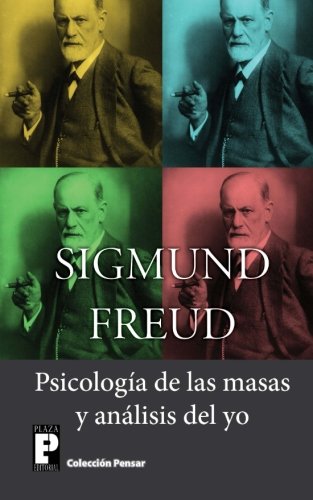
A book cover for Psicologia de las masas y analisis del yo (Spanish Edition); Sigmund Freud; Medical Books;